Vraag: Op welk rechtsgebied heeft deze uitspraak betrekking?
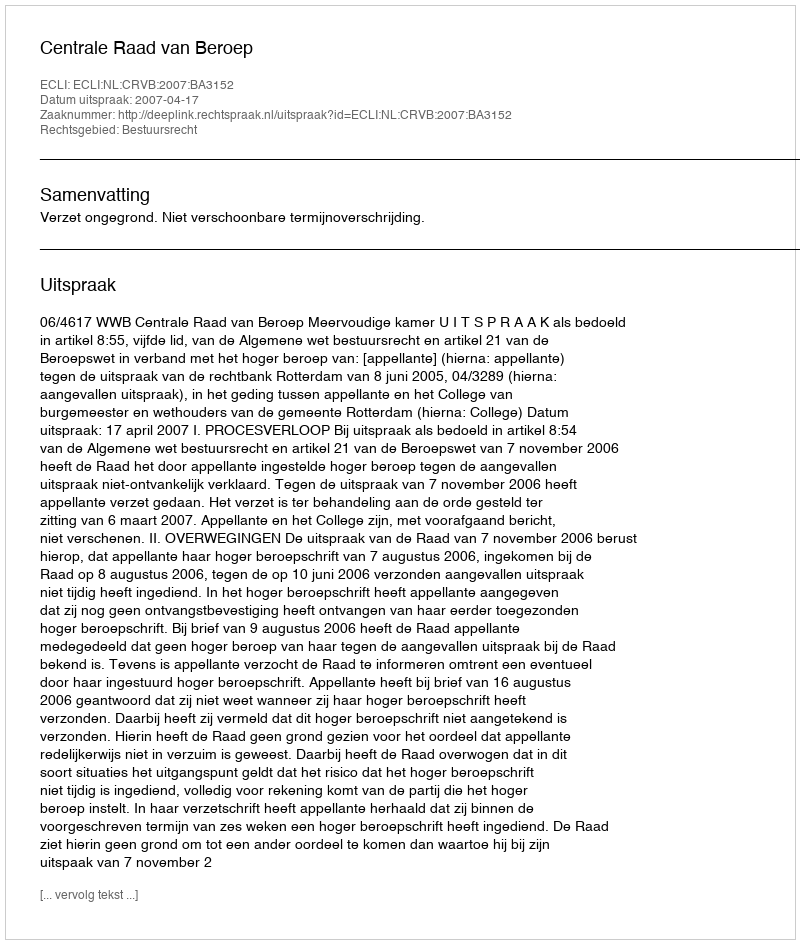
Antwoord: Bestuursrecht